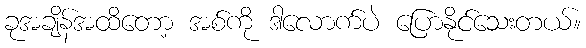
ခုအချိန်အထိတော့ အစ်ကို ဒါလောက်ပဲ ပြောနိုင်သေးတယ်။